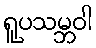
ရူပသမ္ဘဝါ